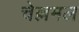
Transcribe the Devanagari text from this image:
चेल्लमल